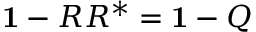
{ \bf 1 } - R R ^ { * } = { \bf 1 } - Q